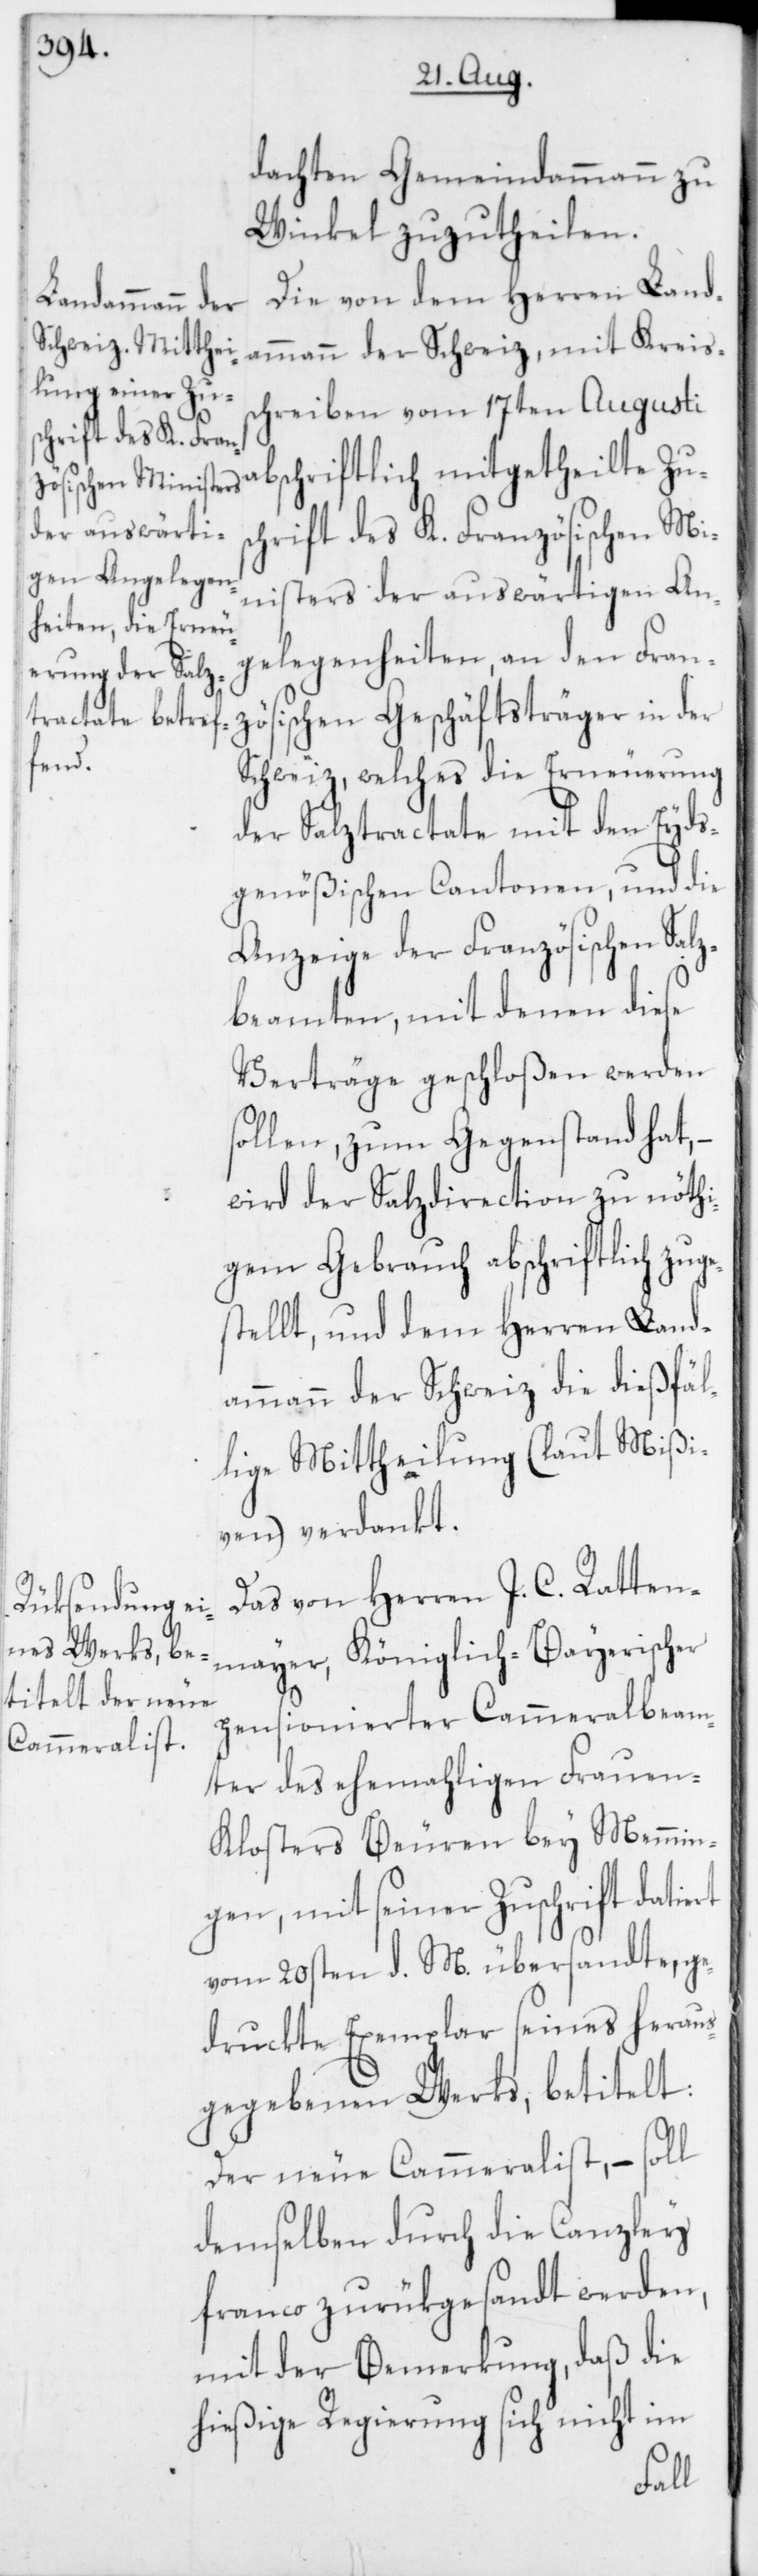
dachten Gemeindammann zu
Winkel zuzutheilen.
Die von dem Herren Land¬
ammann der Schweiz, mit Kreis¬
schreiben vom 17ten Augusti
abschriftlich mitgetheilte Zus¬
chrift des K. Französischen Mi¬
nisters der auswärtigen An¬
gelegenheiten, an den Fran¬
zösischen Geschäftsträger in der
Schweiz, welches die Erneuerung
der Salztractate mit den Eyds¬
genößischen Cantonen, und die
Anzeige der Französischen Sal¬
zbeamten, mit denen diese
Verträge geschloßen werden
sollen, zum Gegenstand hat,
wird der Salzdirection zu nöthi¬
gem Gebrauch abschriftlich zu¬
stellt, und dem Herren Land¬
ammann der Schweiz die dießfäl¬
lige Mittheilung (laut Mißi¬
ven) verdankt.
Das von Herren J. C. Ratten¬
mayer, Königlich-Bayerischer
pensionierter Cammeralbeam¬
ter des ehemahligen Fraue¬
n-Klosters Beuren bey Memmin¬
gen, mit seiner Zuschrift datiert
vom 20sten d. M. übersandte, ge¬
druckte Exemplar seines heraus¬
gegebenen Werks, betitelt:
Der neue Cammeralist, – soll
demselben durch die Canzley
franco zurükgesandt werden,
mit der Bemerkung, daß die
hießige Regierung sich nicht im
ge¬